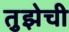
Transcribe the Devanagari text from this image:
तुझेची